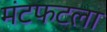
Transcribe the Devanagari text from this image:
मंटफटला